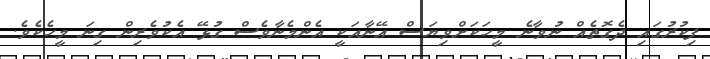
ފިކުރުގައި ދެގޮތެއް ނުވާނެ މީހަކަށްވިޔަސް އޭނާއަކީ އެންމެނާވެސް ގުޅޭ އެކުވެރިން ގިނަ މީހެކެވެ.